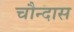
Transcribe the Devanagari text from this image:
चौन्दास